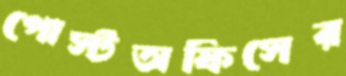
পোস্টঅফিসের